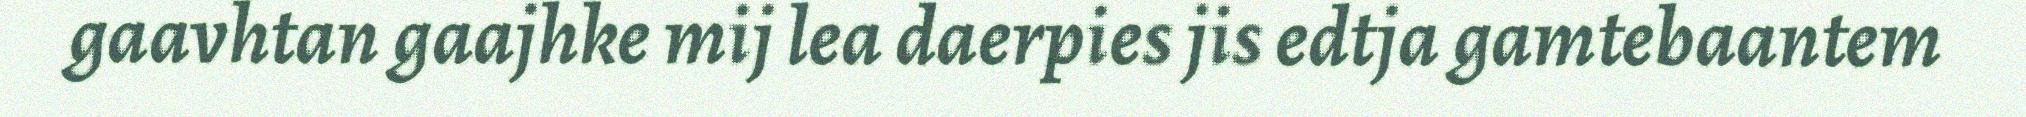
gaavhtan gaajhke mij lea daerpies jis edtja gamtebaantem